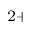
^ { 2 + }